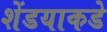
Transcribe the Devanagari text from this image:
शेंडयाकडे